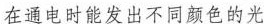
在通电时能发出不同颜色的光